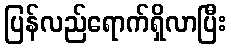
ပြန်လည်ရောက်ရှိလာပြီး